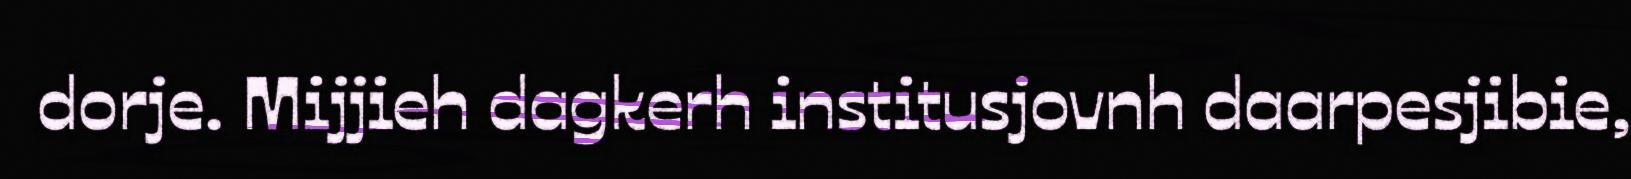
dorje. Mijjieh dagkerh institusjovnh daarpesjibie,